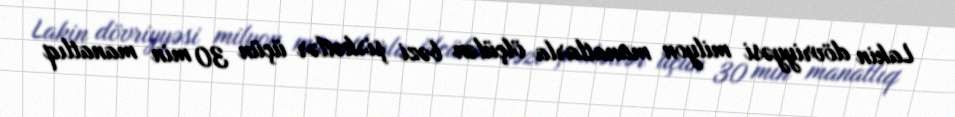
Lakin dövriyyəsi milyon manatlarla ölçülən bəzi şirkətlər üçün 30 min manatlıq